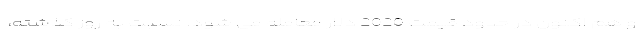
و هم اکنون در حدود قیمت 2020 دلار معامله می شود. نسبت به روز گذشته،